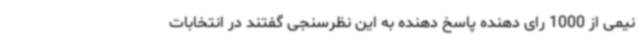
نیمی از 1000 رای دهنده پاسخ دهنده به این نظرسنجی گفتند در انتخابات